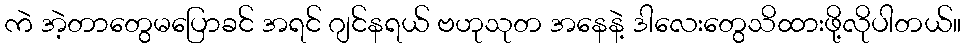
ကဲ အဲ့တာတွေမပြောခင် အရင် ဂျင်နရယ် ဗဟုသုတ အနေနဲ့ ဒါလေးတွေသိထားဖို့လိုပါတယ်။